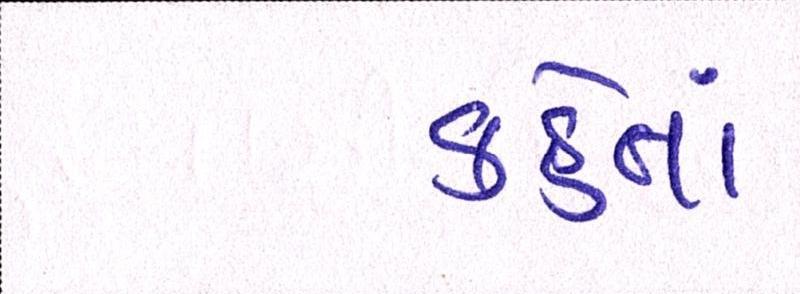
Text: કહેતાં